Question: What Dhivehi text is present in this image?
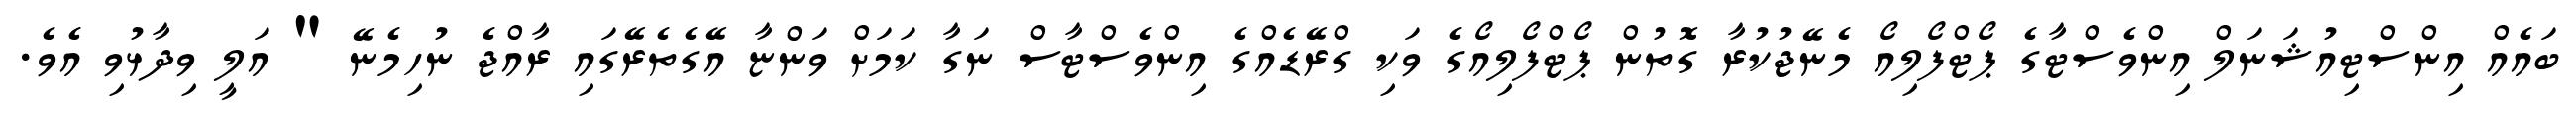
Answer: ބައެއް އިންސްޓިއުޝަނަލް އިންވެސްޓާގެ ޕޯޓްފޯލިއޯ މެނޭޖުކުރާ ގޮތުން ޕޯޓްފޯލިއޯގެ ވަކި ގްރޭޑެއްގެ އިންވެސްޓާސް ނަގާ ކަމަށް ވަންޏާ އޭގެތެރޭގައި ރާއްޖެ ނުހިމެނޭ " އަލީ ވިދާޅުވި އެވެ.